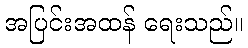
အပြင်းအထန် ရေးသည်။